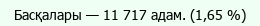
Басқалары — 11 717 адам. (1,65 %)